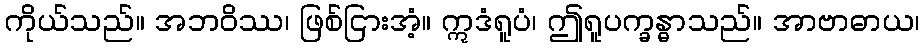
ကိုယ်သည်။ အဘဝိဿ၊ ဖြစ်ငြားအံ့။ ဣဒံရူပံ၊ ဤရူပက္ခန္ဓာသည်။ အာဗာဓာယ၊